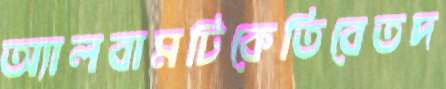
অ্যালবামটিকেতিবেতদ